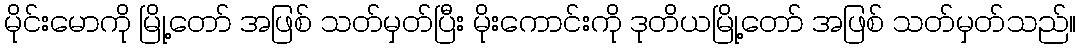
မိုင်းမောကို မြို့တော် အဖြစ် သတ်မှတ်ပြီး မိုးကောင်းကို ဒုတိယမြို့တော် အဖြစ် သတ်မှတ်သည်။